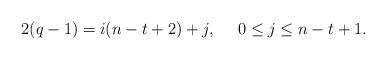
LaTeX: \begin{align*}2(q-1)=i(n-t+2)+j,\quad\ 0\le j\le n-t+1.\end{align*}